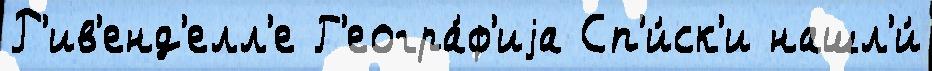
Р'ив'енд'елл'е Г'еогра́ф'иjа Сп'и́ск'и нашл'и́